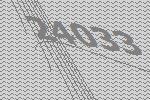
24033